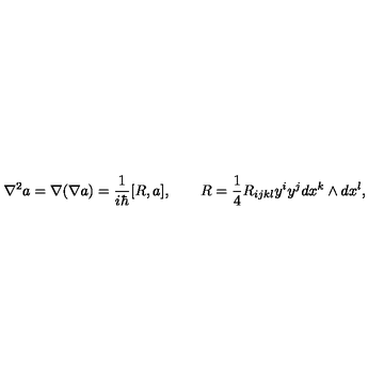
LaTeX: \nabla ^ { 2 } a = \nabla ( \nabla a ) = \frac 1 { i \hbar } [ R , a ] , \qquad R = \frac 1 4 R _ { i j k l } y ^ { i } y ^ { j } d x ^ { k } \wedge d x ^ { l } ,